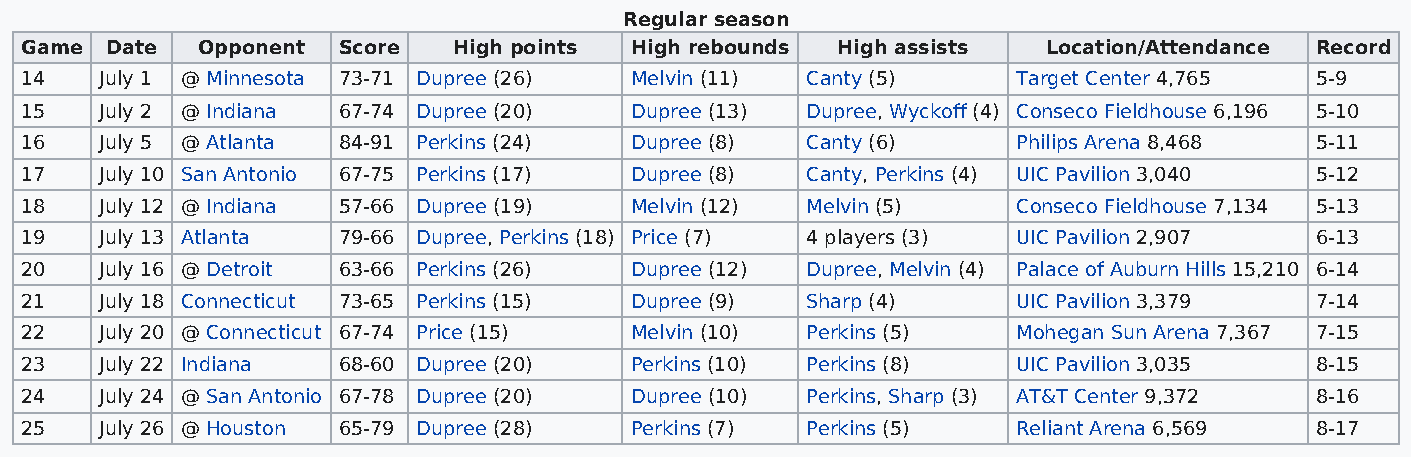
Regular season
 Game  Date  Opponent Score   High points High rebounds High assists Location/Attendance Record
 14    July 1 @ Minnesota 73-71 Dupree (26) Melvin (11) Canty (5)  Target Center 4,765 5-9
 15    July 2 @ Indiana 67-74 Dupree (20) Dupree (13) Dupree, Wyckoff (4) Conseco Fieldhouse 6,196 5-10
 16    July 5 @ Atlanta 84-91 Perkins (24) Dupree (8) Canty (6)    Philips Arena 8,468 5-11
 17    July 10 San Antonio 67-75 Perkins (17) Dupree (8) Canty, Perkins (4) UIC Pavilion 3,040 5-12
 18    July 12 @ Indiana 57-66 Dupree (19) Melvin (12) Melvin (5)  Conseco Fieldhouse 7,134 5-13
 19    July 13 Atlanta 79-66 Dupree, Perkins (18) Price (7) 4 players (3) UIC Pavilion 2,907 6-13
 20    July 16 @ Detroit 63-66 Perkins (26) Dupree (12) Dupree, Melvin (4) Palace of Auburn Hills 15,210 6-14
 21    July 18 Connecticut 73-65 Perkins (15) Dupree (9) Sharp (4) UIC Pavilion 3,379  7-14
 22    July 20 @ Connecticut 67-74 Price (15) Melvin (10) Perkins (5) Mohegan Sun Arena 7,367 7-15
 23    July 22 Indiana 68-60 Dupree (20)  Perkins (10) Perkins (8) UIC Pavilion 3,035  8-15
 24    July 24 @ San Antonio 67-78 Dupree (20) Dupree (10) Perkins, Sharp (3) AT&T Center 9,372 8-16
 25    July 26 @ Houston 65-79 Dupree (28) Perkins (7) Perkins (5) Reliant Arena 6,569 8-17